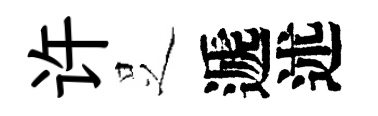
许𠯁遞述